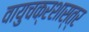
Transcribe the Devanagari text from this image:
वायुचक्रशास्त्र